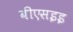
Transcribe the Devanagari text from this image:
बीएसइइ